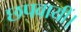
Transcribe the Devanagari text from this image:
छपवायीं।